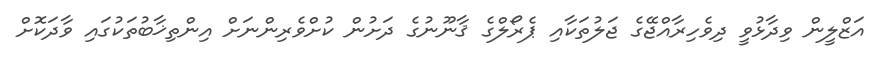
އަޒްލީން ވިދާޅުވީ ދިވެހިރާއްޖޭގެ ޖަލުތަކާއި ޕެރޯލްގެ ޤާނޫނުގެ ދަށުން ކުށްވެރިންނަށް އިންތިޚާބުތަކުގައި ވާދަކޮށް